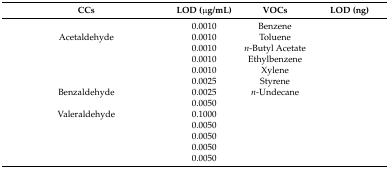
<table><thead><tr><td><b>CCs</b></td><td><b>LOD (μg/mL)</b></td><td><b>VOCs</b></td><td><b>LOD (ng)</b></td></tr></thead><tbody><tr><td>[EMPTY_CELL]</td><td>0.0010</td><td>Benzene</td><td>[EMPTY_CELL]</td></tr><tr><td>Acetaldehyde</td><td>0.0010</td><td>Toluene</td><td>[EMPTY_CELL]</td></tr><tr><td>[EMPTY_CELL]</td><td>0.0010</td><td><i>n</i>-Butyl Acetate</td><td>[EMPTY_CELL]</td></tr><tr><td>[EMPTY_CELL]</td><td>0.0010</td><td>Ethylbenzene</td><td>[EMPTY_CELL]</td></tr><tr><td>[EMPTY_CELL]</td><td>0.0010</td><td>Xylene</td><td>[EMPTY_CELL]</td></tr><tr><td>[EMPTY_CELL]</td><td>0.0025</td><td>Styrene</td><td>[EMPTY_CELL]</td></tr><tr><td>Benzaldehyde</td><td>0.0025</td><td><i>n</i>-Undecane</td><td>[EMPTY_CELL]</td></tr><tr><td>[EMPTY_CELL]</td><td>0.0050</td><td>[EMPTY_CELL]</td><td>[EMPTY_CELL]</td></tr><tr><td>Valeraldehyde</td><td>0.1000</td><td>[EMPTY_CELL]</td><td>[EMPTY_CELL]</td></tr><tr><td>[EMPTY_CELL]</td><td>0.0050</td><td>[EMPTY_CELL]</td><td>[EMPTY_CELL]</td></tr><tr><td>[EMPTY_CELL]</td><td>0.0050</td><td>[EMPTY_CELL]</td><td>[EMPTY_CELL]</td></tr><tr><td>[EMPTY_CELL]</td><td>0.0050</td><td>[EMPTY_CELL]</td><td>[EMPTY_CELL]</td></tr><tr><td>[EMPTY_CELL]</td><td>0.0050</td><td>[EMPTY_CELL]</td><td>[EMPTY_CELL]</td></tr></tbody></table>